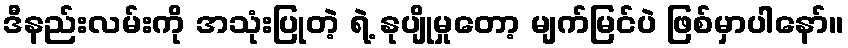
ဒီနည်းလမ်းကို အသုံးပြုတဲ့ ရဲ့ နုပျိုမှုတော့ မျက်မြင်ပဲ ဖြစ်မှာပါနော်။